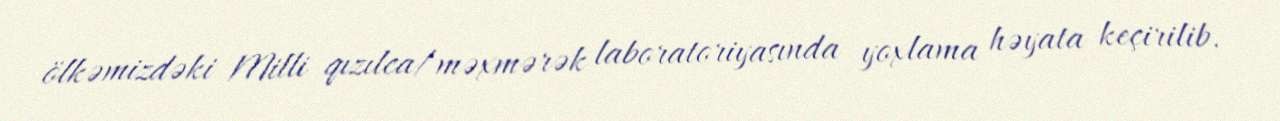
ölkəmizdəki Milli qızılca/məxmərək laboratoriyasında yoxlama həyata keçirilib.